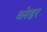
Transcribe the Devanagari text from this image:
ब्लेडर